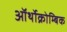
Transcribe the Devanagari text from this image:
ऑर्थोक्रोम्बिक